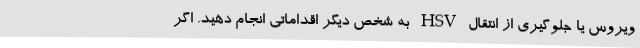
ویروس یا جلوگیری از انتقال HSV به شخص دیگر اقداماتی انجام دهید. اگر